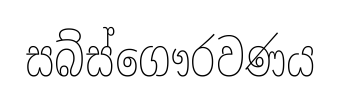
සබ්ස්ගෞරවණය